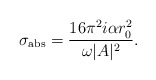
\begin{align*}\sigma_{\rm abs} = {16\pi^2 i\alpha r_0^2\over \omega |A|^2}.\end{align*}